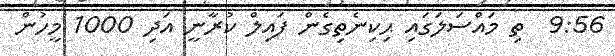
9:56  ތި މައްސަލަގައި ޙިކިނެތިގެން ފައިލް ކުރާނީ އަދި 1000 މީހުން